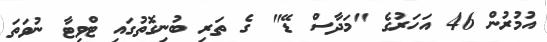
އުމުރުން 46 އަހަރުގެ "މަދާސް ޑޭ" ގެ ތަރި ބުނިގޮތުގައި ޓްވިޓާ ނުވަތަ